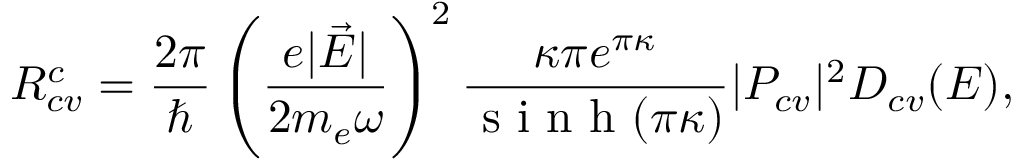
R _ { c v } ^ { c } = \frac { 2 \pi } { \hbar } \left( \frac { e | \vec { E } | } { 2 m _ { e } \omega } \right) ^ { 2 } \frac { \kappa \pi e ^ { \pi \kappa } } { \textrm { s i n h } ( \pi \kappa ) } | P _ { c v } | ^ { 2 } D _ { c v } ( E ) ,